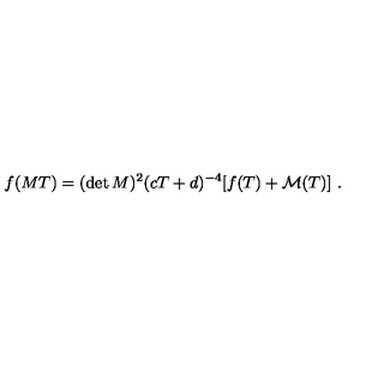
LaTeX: f ( M T ) = ( \det M ) ^ { 2 } ( c T + d ) ^ { - 4 } [ f ( T ) + { \cal M } ( T ) ] \ .